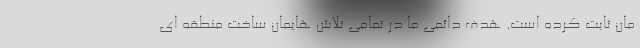
مان ثابت کرده است. هدف دائمی ما در تمامی تلاش هایمان ساخت منطقه ای